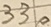
Text: 330